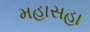
મહાસહા